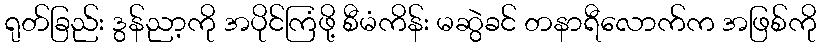
ရုတ်ခြည်း ဒွန်ညာ့ကို အပိုင်ကြံဖို့ စီမံကိန်း မဆွဲခင် တနာရီလောက်က အဖြစ်ကို